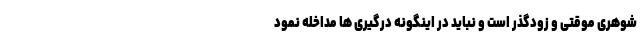
شوهری موقتی و زودگذر است و نباید در اینگونه درگیری ها مداخله نمود